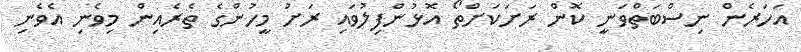
އަހަރެން ނިސްބަތްވަނީ ކޮން ރަށަކަށްތޯ އޮޅުންފިލުވައި ރަށު މީހުންގެ ތެރެއިން މިވެނި އެވެނި